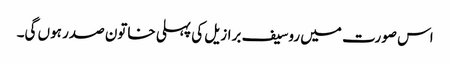
اس صورت میں روسیف برازیل کی پہلی خاتون صدر ہوں گی۔